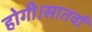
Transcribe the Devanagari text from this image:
होगी।सातवाँ